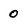
Character: 0